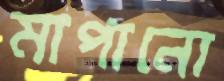
মাপানো